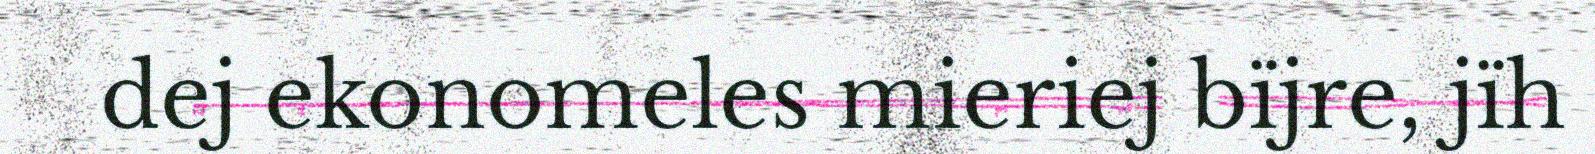
dej ekonomeles mieriej bïjre, jïh